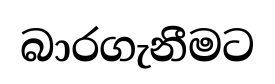
බාරගැනීමට